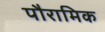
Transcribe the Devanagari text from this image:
पौरामिक